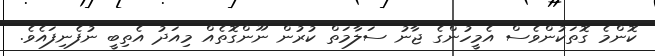
ކޮންމެ ގޮތަކުންވެސް އެމީހުންގެ ޖާނު ސަލާމަތް ކުރުން ނޫންގޮތެއް މިއަދު އެތިބީ ނުފެނިފައެވެ.